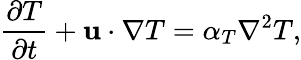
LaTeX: \frac{\partial T}{\partial t}+\mathbf{u}\cdot\nabla T=\alpha_{T}\nabla^{2}T,